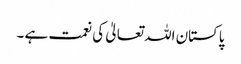
پاکستان اللہ تعالیٰ کی نعمت ہے ۔